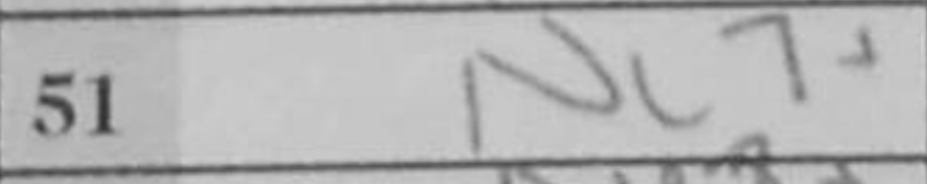
Transcription: Nc7+